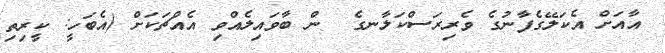
އާއަށް އެކަލޭގެފާނުގެ ވެރިރަސްކަލާނގެ  ން ބާވައިލެއްވި އެއްޗަކަށް (އެބަހީ: ކީރިތި